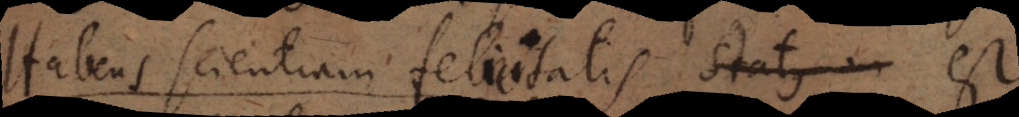
habens scientiam felicitatis agit. H a